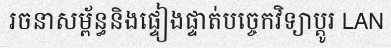
រចនាសម្ព័ន្ធនិងផ្ទៀងផ្ទាត់បច្ចេកវិទ្យាប្តូរ LAN